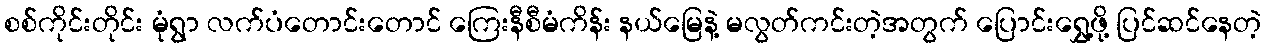
စစ်ကိုင်းတိုင်း မုံရွာ လက်ပံတောင်းတောင် ကြေးနီစီမံကိန်း နယ်မြေနဲ့ မလွတ်ကင်းတဲ့အတွက် ပြောင်းရွှေ့ဖို့ ပြင်ဆင်နေတဲ့